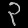
Digit: ၃